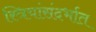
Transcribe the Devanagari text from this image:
स्त्रियांसंदर्भात